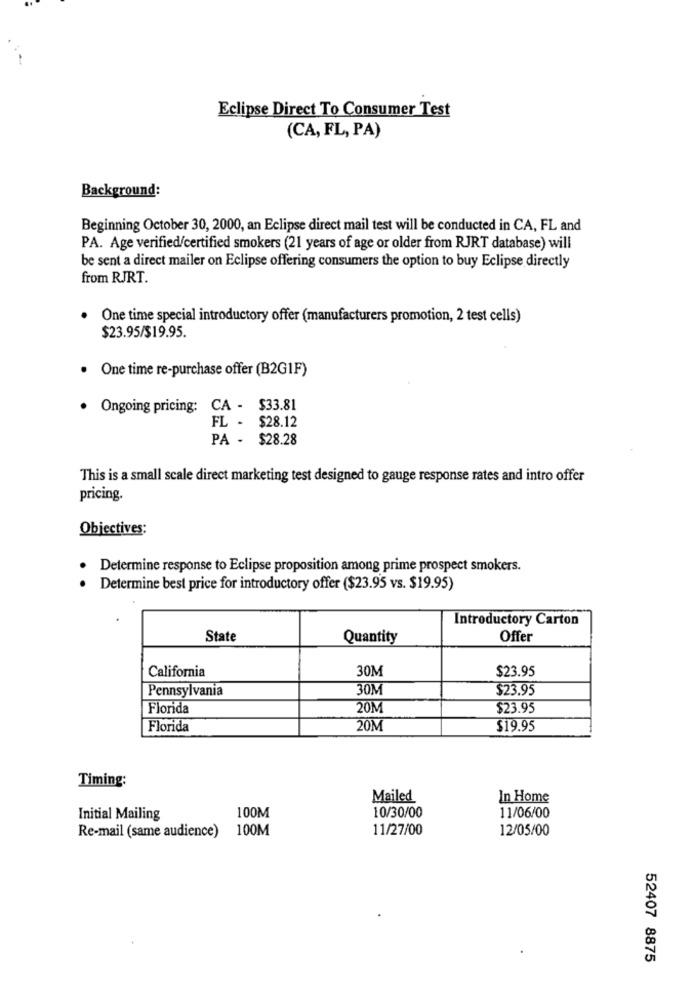
Eclipse Direct To Consumer Test
(CA, FL, PA)
Background:
Beginning October 30, 2000, an Eclipse direct mail test will be conducted in CA, FL and
PA. Age verified/certified smokers (21 years of age or older from RJRT database) will
be sent a direct mailer on Eclipse offering consumers the option to buy Eclipse directly
from RJRT.
One time special introductory offer (manufacturers promotion, 2 test cells)
$23.95/$19.95.
. One time re-purchase offer (B2GIF)
· Ongoing pricing: CA - $33.81
FL - $28.12
PA - $28.28
This is a small scale direct marketing test designed to gauge response rates and intro offer
pricing
Objectives:
Determine response to Eclipse proposition among prime prospect smokers.
Determine best price for introductory offer ($23.95 vs. $19.95)
Introductory Carton
State
Quantity
Offer
California
30M
$23.95
Pennsylvania
30M
$23.95
Florida
20M
$23.95
Florida
20M
$19.95
Timing:
Mailed
In Home
100M
10/30/00
Initial Mailing
11/06/00
100M
11/27/00
12/05/00
Re-mail (same audience)
52407 8875